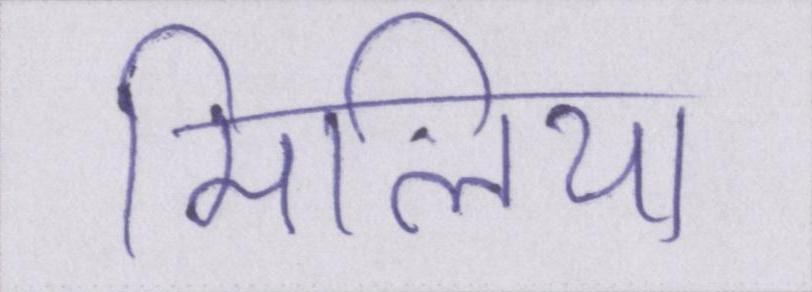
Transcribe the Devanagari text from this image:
मिलिया